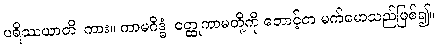
ပရိဿယာတိ၊ ကား။ ကာမဂိဒ္ဓံ၊ ဝတ္ထုကာမတို့ကို တောင့်တ မက်မောသည်ဖြစ်၍။